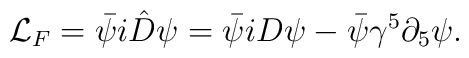
\mathcal{L}_{F}=\bar{\psi}i\hat{D}\psi=\bar{\psi}iD\psi-\bar{\psi}\gamma^{5}\partial_{5}\psi.